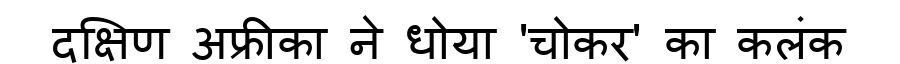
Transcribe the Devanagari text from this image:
दक्षिण अफ्रीका ने धोया 'चोकर' का कलंक